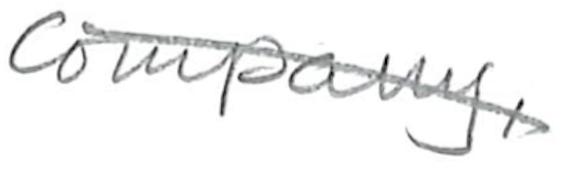
Text: Company,
Cross-out: diagonal
Writing tool: pencil